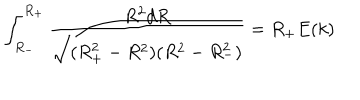
LaTeX: \int _ { R _ { - } } ^ { R _ { + } } \frac { R ^ { 2 } d R } { \sqrt { ( R _ { + } ^ { 2 } - R ^ { 2 } ) ( R ^ { 2 } - R _ { - } ^ { 2 } ) } } = R _ { + } E ( k )